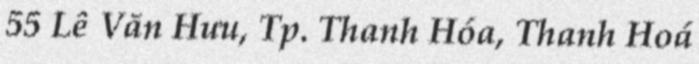
55 Lê Văn Hưu, Tp. Thanh Hóa, Thanh Hoá